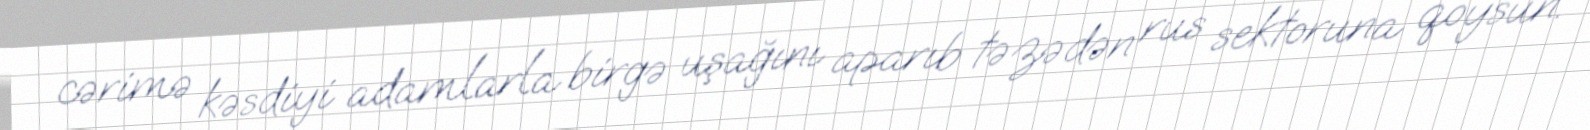
cərimə kəsdiyi adamlarla birgə uşağını aparıb təzədən rus sektoruna qoysun.